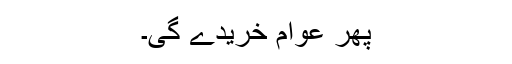
پھر عوام خریدے گی۔